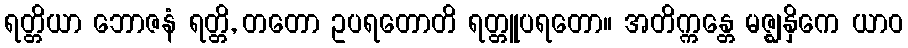
ရတ္တိယာ ဘောဇနံ ရတ္တိ, တတော ဥပရတောတိ ရတ္တူပရတော။ အတိက္ကန္တေ မဇ္ဈနှိကေ ယာဝ